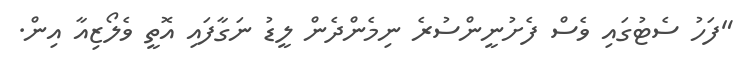
"ފަހު ސެޓުގައި ވެސް ފެށުނީންސުރެ ނިމެންދެން ލީޑު ނަގާފައި އޮތީ ވެލޯޒިއާ އިން.